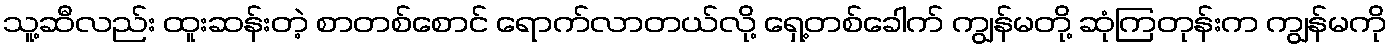
သူ့ဆီလည်း ထူးဆန်းတဲ့ စာတစ်စောင် ရောက်လာတယ်လို့ ရှေ့တစ်ခေါက် ကျွန်မတို့ ဆုံကြတုန်းက ကျွန်မကို